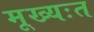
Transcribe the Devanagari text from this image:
मूख्यःत